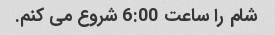
شام را ساعت 6:00 شروع می کنم.